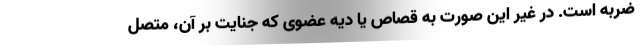
ضربه است. در غیر این صورت به قصاص یا دیه عضوی که جنایت بر آن، متصل